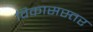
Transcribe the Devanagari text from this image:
विकासस्तर